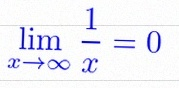
\lim_{x\to\infty}\frac{1}{x}=0